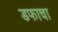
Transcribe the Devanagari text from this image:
डफाचा